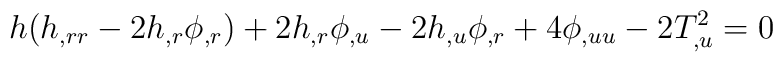
h(h_{,rr}-2h_{,r}\phi_{,r})+2h_{,r}\phi_{,u}-2h_{,u}\phi_{,r}+ 4 \phi_{,uu}-2 T_{,u}^{2}=0